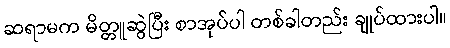
ဆရာမက မိတ္တူဆွဲပြီး စာအုပ်ပါ တစ်ခါတည်း ချုပ်ထားပါ။